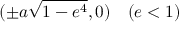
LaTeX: ( \pm a { \sqrt { 1 - e ^ { 4 } } } , 0 ) \quad ( e < 1 )